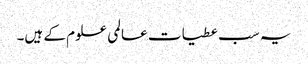
یہ سب عطیات عالمی علوم کے ہیں۔